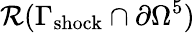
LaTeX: \mathcal{R}(\Gamma_{\mathrm{shock}}\cap\partial\Omega^{5})